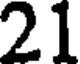
21